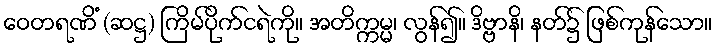
ဝေတရဏိံ (ဆဋ္ဌ) ကြိမ်ပိုက်ငရဲကို။ အတိက္ကမ္မ၊ လွန်၍။ ဒိဗ္ဗာနိ၊ နတ်၌ ဖြစ်ကုန်သော။